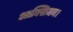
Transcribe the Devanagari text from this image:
आक्सिजन।